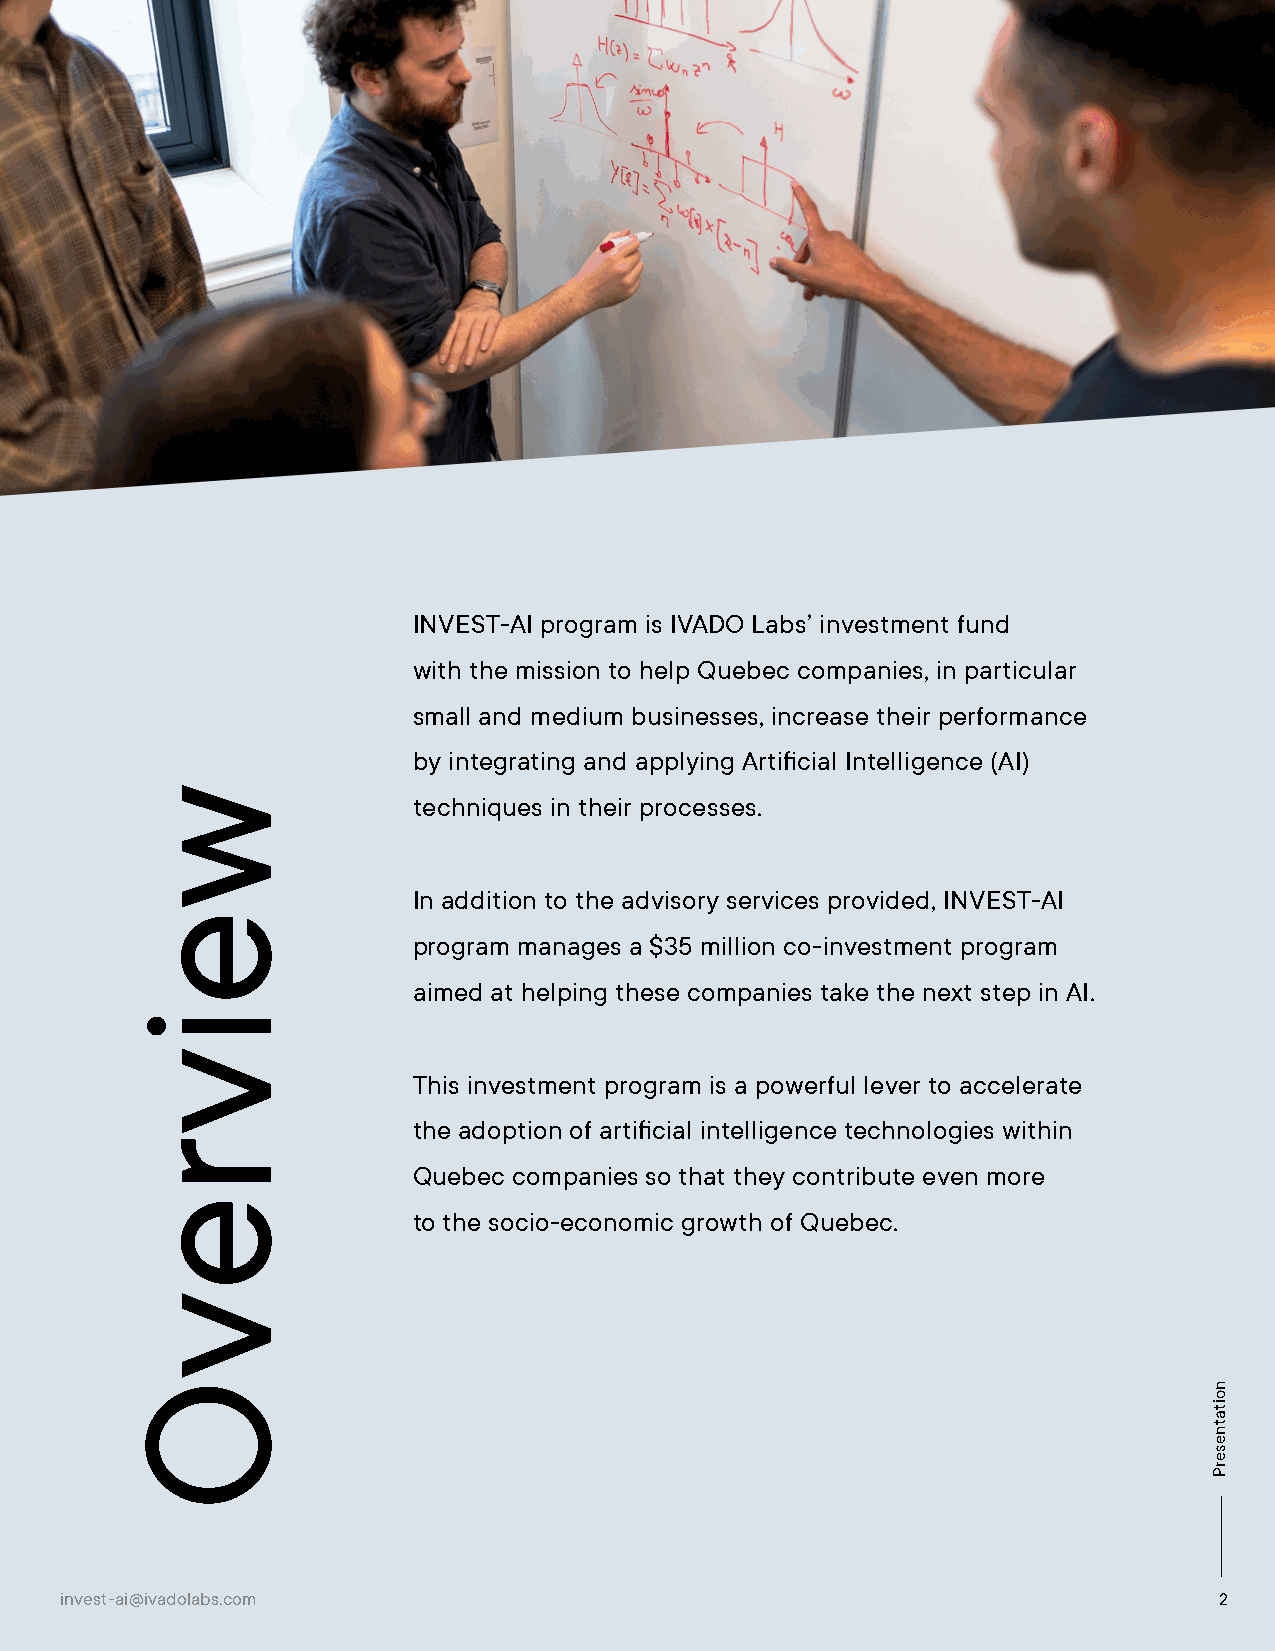
INVEST-AI program is IVADO Labs’ investment fund
 with the mission to help Quebec companies, in particular
 small and medium businesses, increase their performance
 by integrating and applying Artificial Intelligence (AI)
 techniques in their processes.
 In addition to the advisory services provided, INVEST-AI
 program manages a $35 million co-investment program
 aimed at helping these companies take the next step in AI.
 This investment program is a powerful lever to accelerate
 the adoption of artificial intelligence technologies within
 Quebec companies so that they contribute even more
 to the socio-economic growth of Quebec.
 invest-ai@ivadolabs.com                                                      2
 weivrevO
 noitatneserP